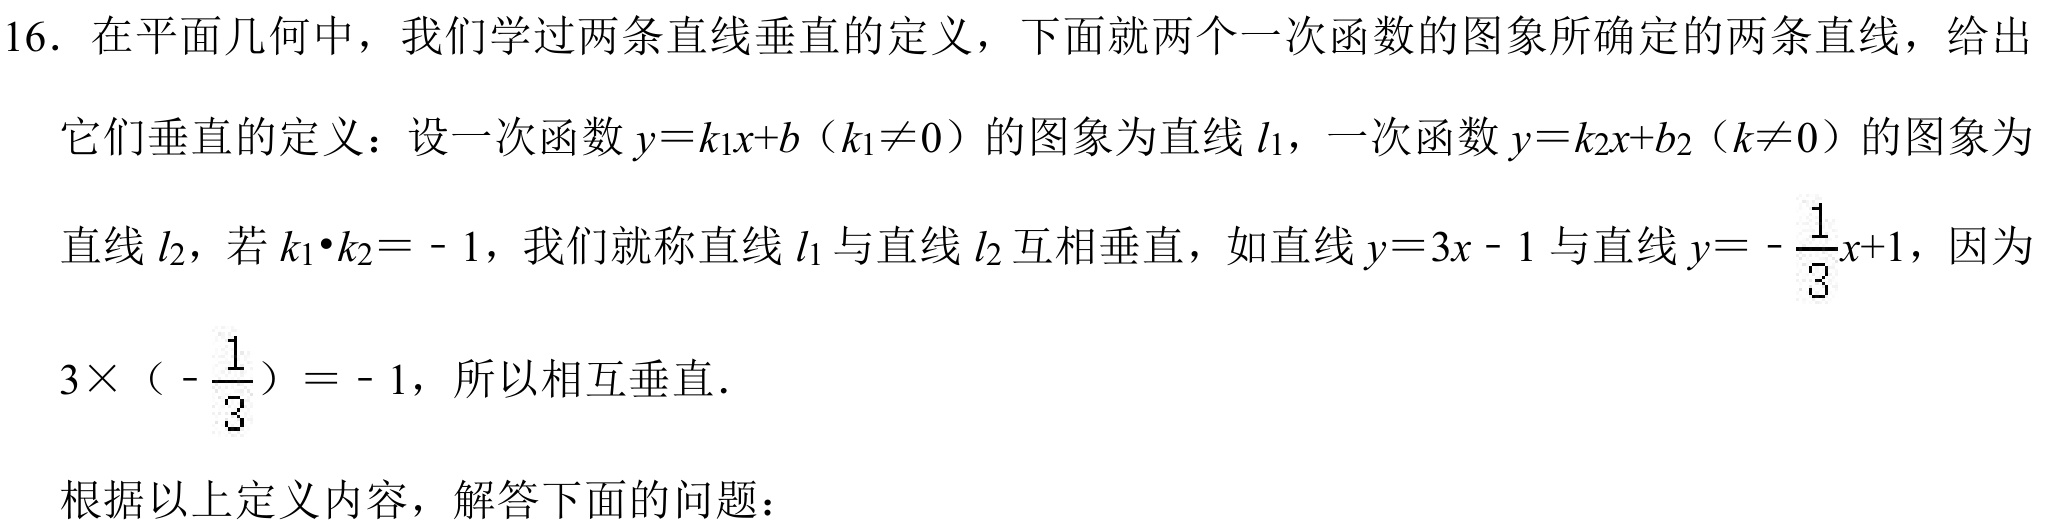
16. 在平面几何中，我们学过两条直线垂直的定义，下面就两个一次函数的图象所确定的两条直线，给出
它们垂直的定义：设一次函数\(y = k_{1}x + b\)（\(k_{1}\neq0\)）的图象为直线\(l_{1}\)，一次函数\(y = k_{2}x + b_{2}\)（\(k\neq0\)）的图象为
直线\(l_{2}\)，若\(k_{1}\cdot k_{2} = - 1\)，我们就称直线\(l_{1}\)与直线\(l_{2}\)互相垂直，如直线\(y = 3x - 1\)与直线\(y = -\frac{1}{3}x + 1\)，因为
\(3\times\left(-\frac{1}{3}\right)= - 1\)，所以相互垂直．

根据以上定义内容，解答下面的问题：